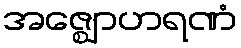
အဇ္ဈောဟရဏံ